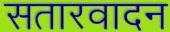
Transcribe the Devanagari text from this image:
सतारवादन